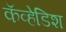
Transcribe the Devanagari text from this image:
कॅव्हेडिश